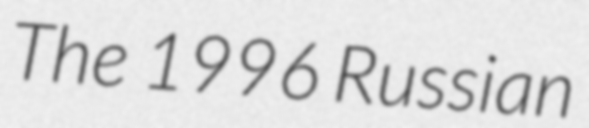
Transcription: The 1996 Russian